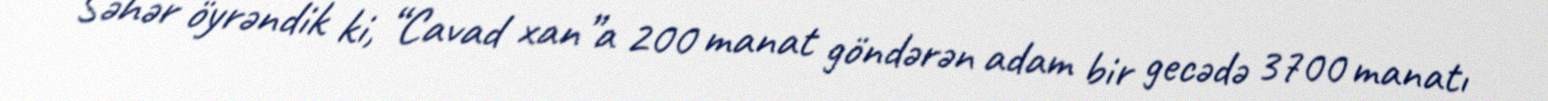
Səhər öyrəndik ki, “Cavad xan”a 200 manat göndərən adam bir gecədə 3700 manatı